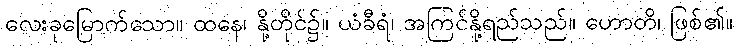
လေးခုမြောက်သော။ ထနေ၊ နို့တိုင်၌။ ယံခီရံ၊ အကြင်နို့ရည်သည်။ ဟောတိ၊ ဖြစ်၏။